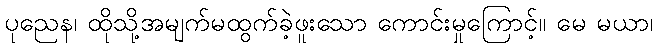
ပုညေန၊ ထိုသို့အမျက်မထွက်ခဲ့ဖူးသော ကောင်းမှုကြောင့်။ မေ မယာ၊